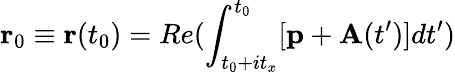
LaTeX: \mathbf{r}_{0}\equiv\mathbf{r}(t_{0})=Re(\int_{t_{0}+it_{x}}^{t_{0}}[\mathbf{p}+\mathbf{A}(t^{\prime})]dt^{\prime})